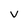
Character: V